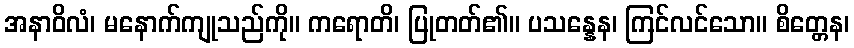
အနာဝိလံ၊ မနောက်ကျုသည်ကို။ ကရောတိ၊ ပြုတတ်၏။ ပသန္နေန၊ ကြင်လင်သော။ စိတ္တေန၊